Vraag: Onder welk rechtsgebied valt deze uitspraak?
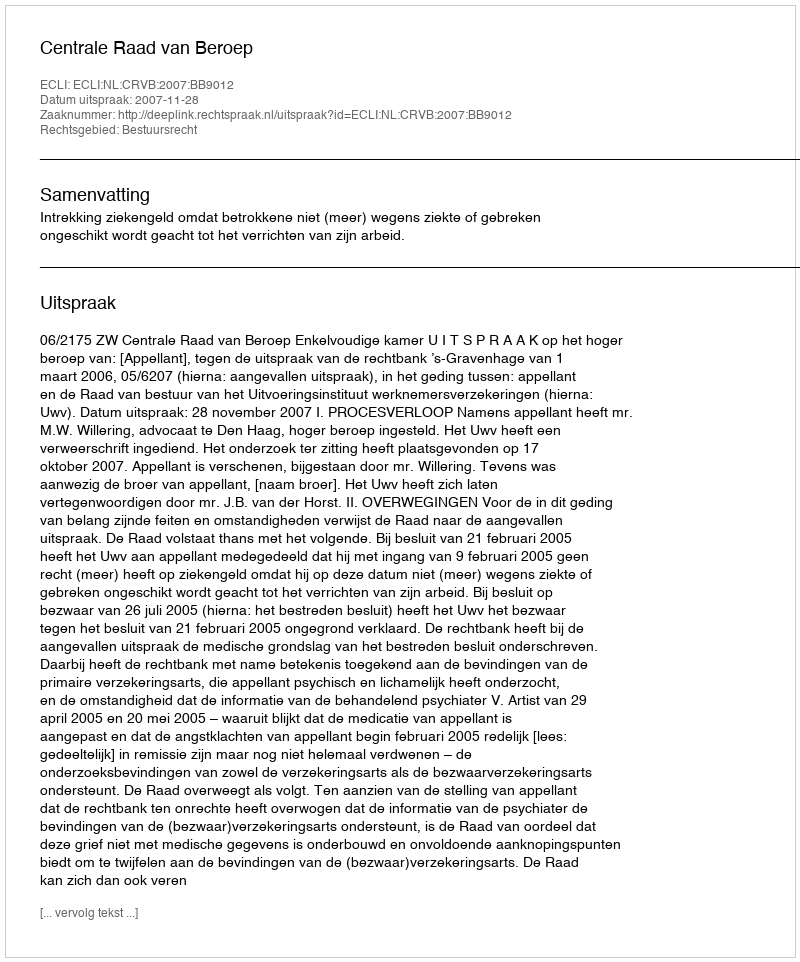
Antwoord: Bestuursrecht